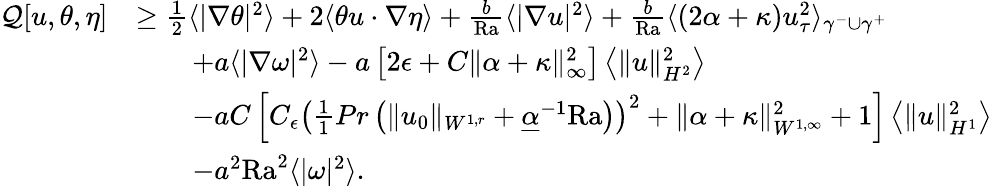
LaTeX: \begin{array}{rl}{\mathcal{Q}[u,\theta,\eta]}&{\geq\frac{1}{2}\langle|\nabla\theta|^{2}\rangle+2\langle\theta u\cdot\nabla\eta\rangle+\frac{b}{\mathrm{{Ra}}}\langle|\nabla u|^{2}\rangle+\frac{b}{{\mathrm{Ra}}}\langle(2\alpha+\kappa)u_{\tau}^{2}\rangle_{\gamma^{-}\cup\gamma^{+}}}\\ &{\qquad+a\langle|\nabla\omega|^{2}\rangle-a\left[2\epsilon+C\| \alpha+\kappa\| _{\infty}^{2}\right]\left\langle\| u\| _{H^{2}}^{2}\right\rangle}\\ &{\qquad-aC\left[C_{\epsilon}\left(\frac{1}{1}{{Pr}}\left(\| u_{0}\| _{W^{1,r}}+\underline{{\alpha}}^{-1}{\mathrm{Ra}}\right)\right)^{2}+\| \alpha+\kappa\| _{W^{1,\infty}}^{2}+1\right]\left\langle\| u\| _{H^{1}}^{2}\right\rangle}\\ &{\qquad-a^{2}\mathrm{{Ra}}^{2}\langle|\omega|^{2}\rangle.}\end{array}